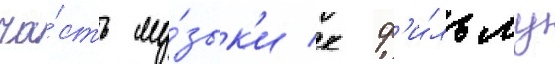
ча́сть му́зык'и к ф'и́льму